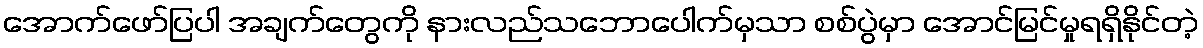
အောက်ဖော်ပြပါ အချက်တွေကို နားလည်သဘောပေါက်မှသာ စစ်ပွဲမှာ အောင်မြင်မှုရရှိနိုင်တဲ့